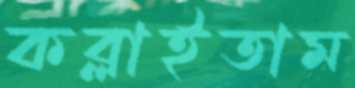
কব্‌লাইতাম